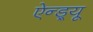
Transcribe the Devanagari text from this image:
ऐन्ड्र्यू